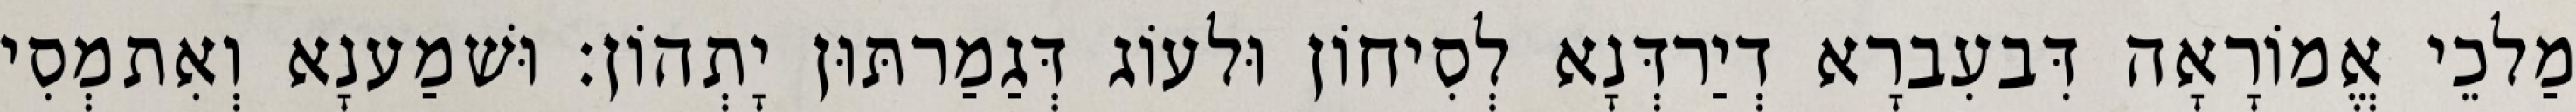
מַלכֵי אֱמוֹרָאָה דִּבעִברָא דְיַרדְּנָא לְסִיחוֹן וּלעוֹג דְּגַמַרתּוּן יָתְהוֹן׃ וּשׁמַענָא וְאִתמְסִי